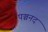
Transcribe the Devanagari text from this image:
पञ्चनद